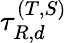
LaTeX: \tau_{R,d}^{(T,S)}